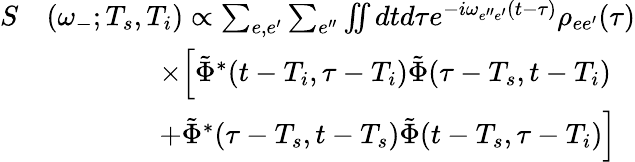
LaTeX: \begin{array}{rl}{S}&{(\omega_{-};T_{s},T_{i})\propto\sum_{e,e^{\prime}}\sum_{e^{\prime\prime}}\iint dtd\tau e^{-i\omega_{e^{\prime\prime}e^{\prime}}(t-\tau)}\rho_{ee^{\prime}}(\tau)}\\ &{\qquad\qquad\times\Big[\tilde{\Phi}^{*}(t-T_{i},\tau-T_{i})\tilde{\Phi}(\tau-T_{s},t-T_{i})}\\ &{\qquad\qquad+\tilde{\Phi}^{*}(\tau-T_{s},t-T_{s})\tilde{\Phi}(t-T_{s},\tau-T_{i})\Big]}\end{array}